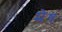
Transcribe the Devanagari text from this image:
मेेष